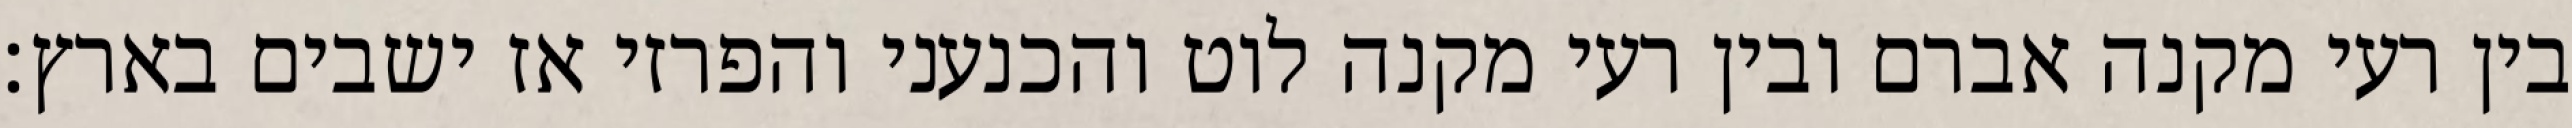
בין רעי מקנה אברם ובין רעי מקנה לוט והכנעני והפרזי אז ישבים בארץ׃